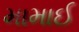
મામાઈ